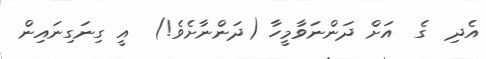
އެދި  ގެ  އަށް ދަންނަވާމީހާ (ދަންނާށެވެ!)  އީ ގިނަގިނައިން